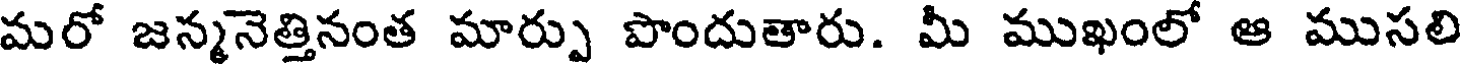
మరో జన్మనెత్తినంత మార్పు పొందుతారు. మీ ముఖంలో ఆ ముసలి